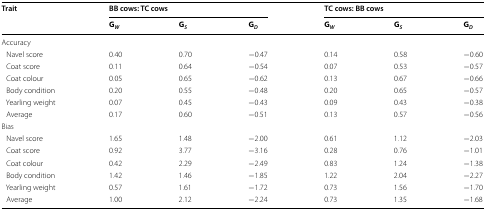
| <ROWSPAN=2> Trait | <COLSPAN=3> BB cows: TC cows | <COLSPAN=3> TC cows: BB cows |
 | GW | GS | GD | GW | GS | GD |
 | --- | --- | --- | --- | --- | --- | --- |
 | <COLSPAN=7> Accuracy |
 | Navel score | 0.40 | 0.70 | −0.47 | 0.14 | 0.58 | −0.60 |
 | Coat score | 0.11 | 0.64 | −0.54 | 0.07 | 0.53 | −0.57 |
 | Coat colour | 0.05 | 0.65 | −0.62 | 0.13 | 0.67 | −0.66 |
 | Body condition | 0.20 | 0.55 | −0.48 | 0.20 | 0.65 | −0.57 |
 | Yearling weight | 0.07 | 0.45 | −0.43 | 0.09 | 0.43 | −0.38 |
 | Average | 0.17 | 0.60 | −0.51 | 0.13 | 0.57 | −0.56 |
 | <COLSPAN=7> Bias |
 | Navel score | 1.65 | 1.48 | −2.00 | 0.61 | 1.12 | −2.03 |
 | Coat score | 0.92 | 3.77 | −3.16 | 0.28 | 0.76 | −1.01 |
 | Coat colour | 0.42 | 2.29 | −2.49 | 0.83 | 1.24 | −1.38 |
 | Body condition | 1.42 | 1.46 | −1.85 | 1.22 | 2.04 | −2.27 |
 | Yearling weight | 0.57 | 1.61 | −1.72 | 0.73 | 1.56 | −1.70 |
 | Average | 1.00 | 2.12 | −2.24 | 0.73 | 1.35 | −1.68 |